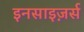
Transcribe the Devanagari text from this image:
इनसाइज़र्स